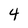
Character: 4